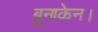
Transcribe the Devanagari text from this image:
बुनाकेन।